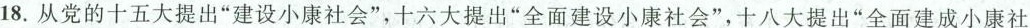
18.从党的十五大提出“建设小康社会”，十六大提出“全面建设小康社